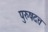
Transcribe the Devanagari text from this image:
पुरुषदत्त